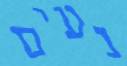
נעים